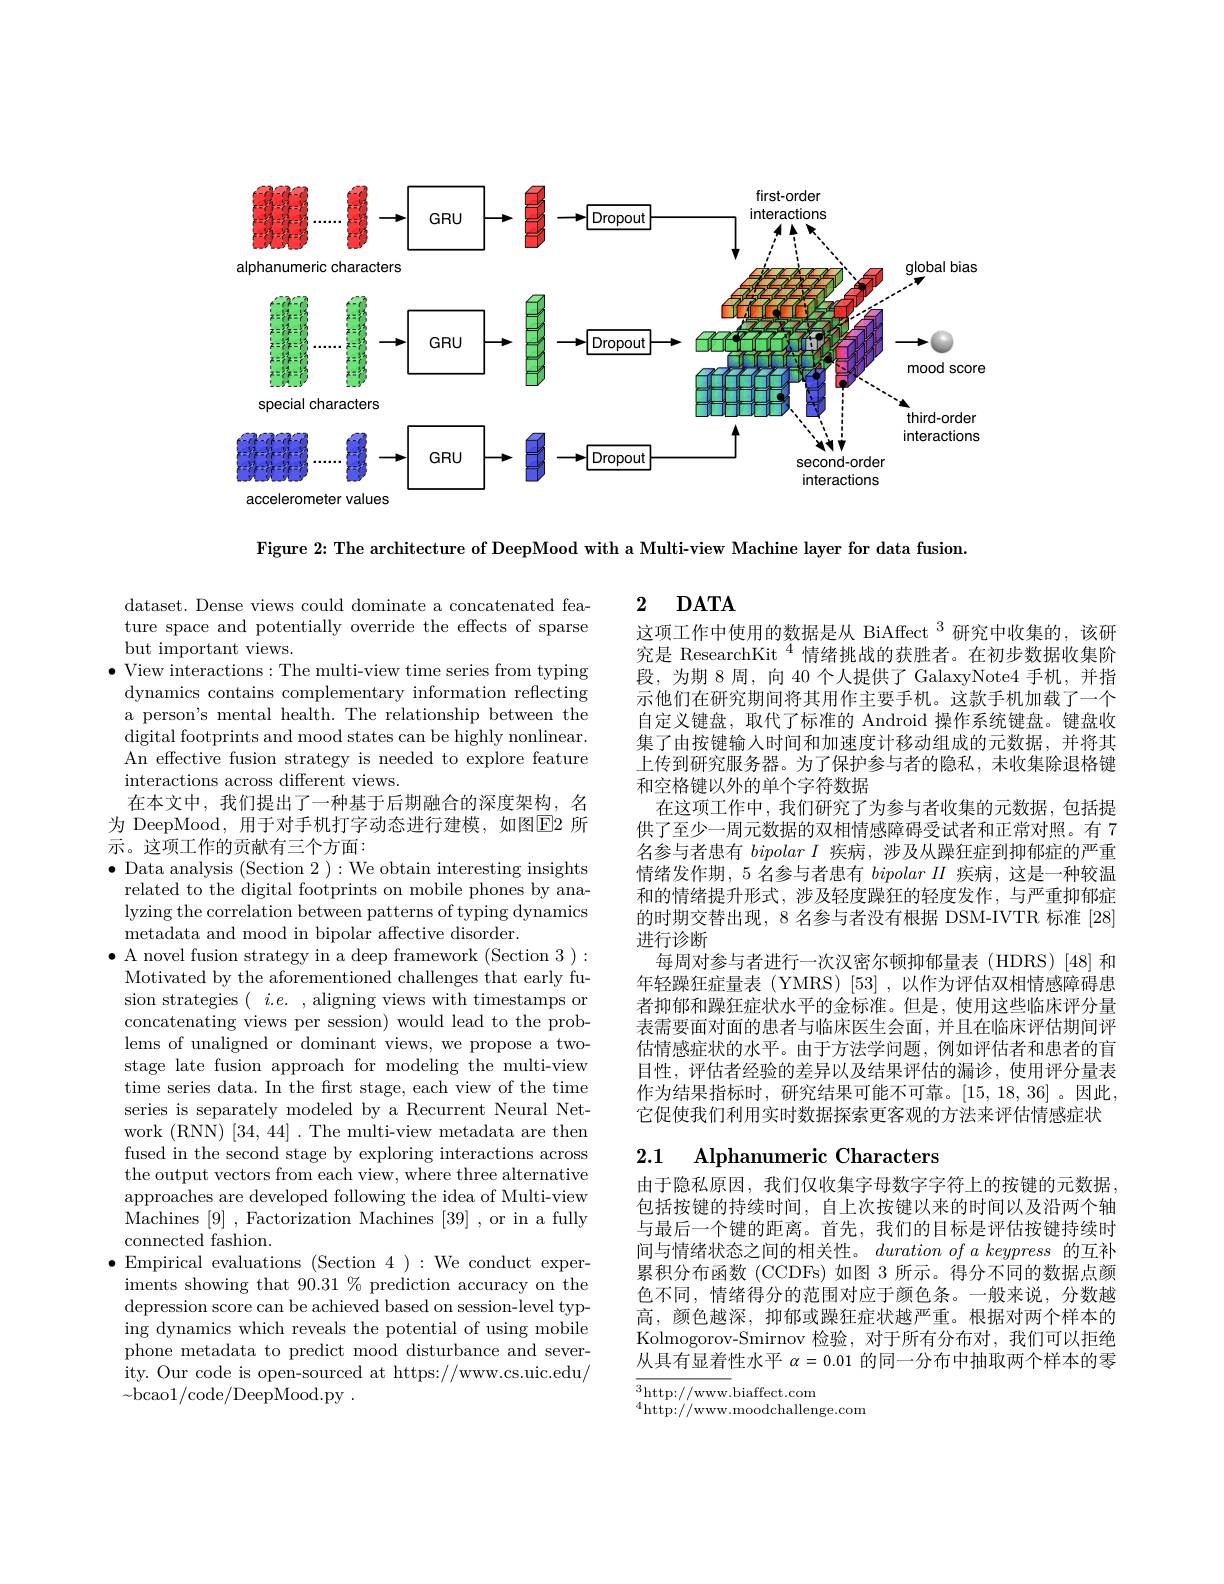
<FigureHere>

Figure 2: The architecture of DeepMood with a Multi-view Machine layer for data fusion.

## 2 DATA

这项工作中使用的数据是从 BiAffect $^{3}$研究中收集的，该研究是 ResearchKit$^{4}$情绪挑战的获胜者。在初步数据收集阶段，为期 8 周，向 40 个人提供了 GalaxyNote4 手机，并指示他们在研究期间将其用作主要手机。这款手机加载了一个自定义键盘，取代了标准的 Android 操作系统键盘。键盘收集了由按键输人时间和加速度计移动组成的元数据，并将其上传到研究服务器。为了保护参与者的隐私，未收集除退格键和空格键以外的单个字符数据
在这项工作中，我们研究了为参与者收集的元数据，包括提供了至少一周元数据的双相情感障碍受试者和正常对照。有 7名参与者患有bipolarI疾病，涉及从躁狂症到抑郁症的严重情绪发作期，5名参与者患有bipolarII疾病，这是一种较温和的情绪提升形式，涉及轻度躁狂的轻度发作，与严重抑郁症的时期交替出现，8 名参与者没有根据 DSM-IVTR 标准 [28] 进行诊断
每周对参与者进行一次汉密尔顿抑郁量表(HDRS)[48]和年轻躁狂症量表(YMRS)[53],以作为评估双相情感障碍患者抑郁和躁狂症状水平的金标准。但是，使用这些临床评分量表需要面对面的患者与临床医生会面，并且在临床评估期间评估情感症状的水平。由于方法学问题，例如评估者和患者的盲目性，评估者经验的差异以及结果评估的漏诊，使用评分量表作为结果指标时，研究结果可能不可靠。[15,18,36]。因此， 它促使我们利用实时数据探索更客观的方法来评估情感症状

dataset. Dense views could dominate a concatenated feature space and potentially override the effects of sparse but important views.
$\bullet$ View interactions:The multi-view time series from typing dynamics contains complementary information reflecting a person's mental health. The relationship between the digital footprints and mood states can be highly nonlinear. An effective fusion strategy is needed to explore feature interactions across different views.
在本文中，我们提出了一种基于后期融合的深度架构，名为 DeepMood, 用于对手机打字动态进行建模，如图$\boxed{\mathrm{E}}2$ 所示。这项工作的贡献有三个方面：
$\bullet$ Data analysis (Section 2 ):We obtain interesting insights related to the digital footprints on mobile phones by analyzing the correlation between patterns of typing dynamics metadata and mood in bipolar affective disorder.
$\bullet$ A novel fusion strategy in a deep framework (Section 3):
Motivated by the aforementioned challenges that early fusion strategies ( $i. e.$ , aligning views with timestamps or concatenating views per session) would lead to the problems of unaligned or dominant views, we propose a twostage late fusion approach for modeling the multi-view time series data. In the first stage, each view of the time series is separately modeled by a Recurrent Neural Network (RNN) [34, 44] . The multi-view metadata are then fused in the second stage by exploring interactions across the output vectors from each view, where three alternative approaches are developed following the idea of Multi-view Machines [9] , Factorization Machines [39] , or in a fully connected fashion.
$\bullet$Empirical evaluations (Section 4):We conduct exper-
iments showing that 90.31 % prediction accuracy on the depression score can be achieved based on session-level typing dynamics which reveals the potential of using mobile phone metadata to predict mood disturbance and severity. Our code is open-sourced at https://www.cs.uic.edu/ $\sim$bcao1/code/DeepMood.py.

## 2.1 $\textbf{Alphanumeric Characters}$

由于隐私原因，我们仅收集字母数字字符上的按键的元数据， 包括按键的持续时间，自上次按键以来的时间以及沿两个轴与最后一个键的距离。首先，我们的目标是评估按键持续时间与情绪状态之间的相关性。$duration\textit{ of a keypress 的 互 补 }$ 累积分布函数 (CCDFs) 如图 3 所示。得分不同的数据点颜色不同，情绪得分的范围对应于颜色条。一般来说，分数越高，颜色越深，抑郁或躁狂症状越严重。根据对两个样本的Kolmogorov-Smirnov 检验，对于所有分布对，我们可以拒绝从具有显着性水平$\alpha=0.01$的同一分布中抽取两个样本的零

$\overline{^3\mathrm{http:}//\mathrm{www.}}$biaffect.com
$^{4}$http://www.moodchallenge.com